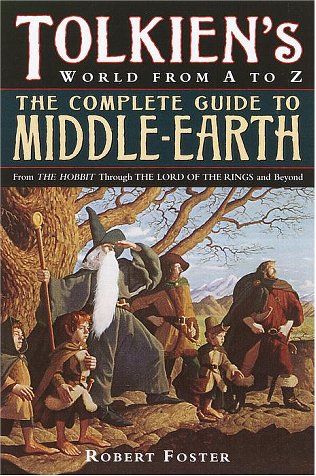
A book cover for Tolkien's World from A to Z: The Complete Guide to Middle-Earth; Robert Foster; Science Fiction & Fantasy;